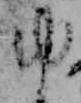
ゆ